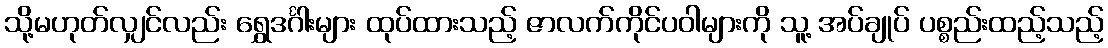
သို့မဟုတ်လျှင်လည်း ရွှေဒင်္ဂါးများ ထုပ်ထားသည့် ဇာလက်ကိုင်ပဝါများကို သူ့ အပ်ချုပ် ပစ္စည်းထည့်သည့်